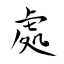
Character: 處